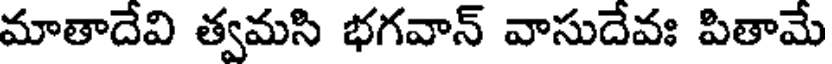
మాతాదేవి త్వమసి భగవాన్ వాసుదేవః పితామే